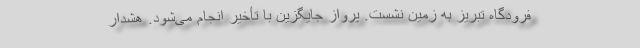
فرودگاه تبریز به زمین نشست. پرواز جایگزین با تأخیر انجام می‌شود. هشدار